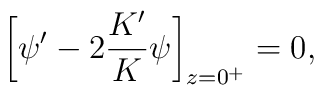
\bigg[\psi'-2\frac{K'}{K}\psi\bigg]_{z=0^+}=0,